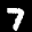
Label: 7